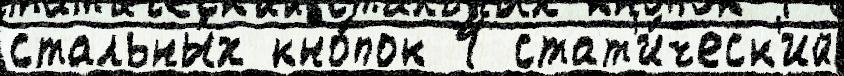
стальны́х кно́пок 4 стат'и́ческ'ий